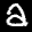
Label: 2